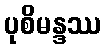
ပုစိမန္ဒဿ